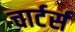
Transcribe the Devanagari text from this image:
चार्टर्स